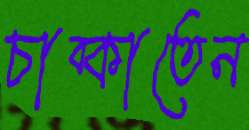
চাব্‌কাতেন